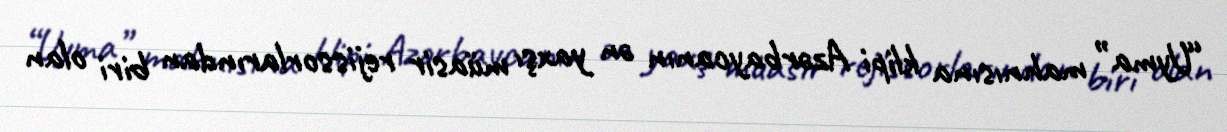
“Uyma” mahnısına klipi Azərbaycanın ən yaxşı müasir rejissorlarından biri olan